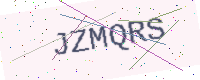
Text: JZMQRS